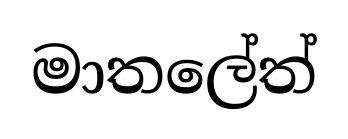
මාතලේත්